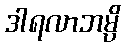
ဒါရလာဘမ္ပိ